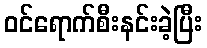
ဝင်ရောက်စီးနင်းခဲ့ပြီး